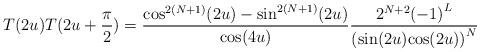
LaTeX: \begin{align*}T(2u)T(2u+\frac{\pi}{2})=\frac{{\cos}^{2(N+1)}(2u)-{\sin}^{2(N+1)}(2u)}{\cos(4u)}\frac{2^{N+2}{(-1)}^{L}}{({{\sin}(2u){\cos}(2u))}^{N}}\end{align*}